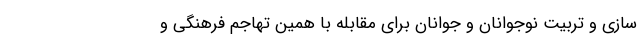
سازی و تربیت نوجوانان و جوانان برای مقابله با همین تهاجم فرهنگی و